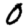
Digit: 0